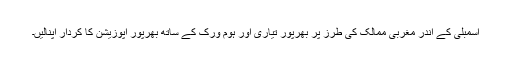
اسمبلی کے اندر مغربی ممالک کی طرز پر بھرپور تیاری اور ہوم ورک کے ساتھ بھرپور اپوزیشن کا کردار اپنالیں۔